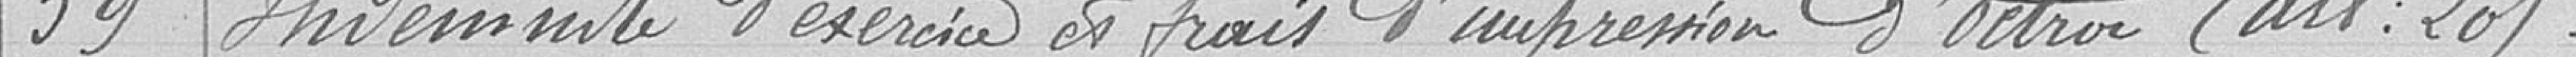
59 Indemnité d'exercice des frais d'impression d'octroi (art : 20)